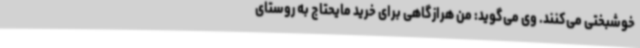
خوشبختی می‌کنند. وی می‌گوید: من هرازگاهی برای خرید مایحتاج به روستای